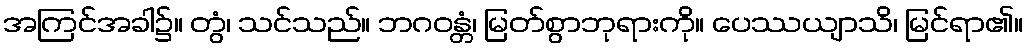
အကြင်အခါ၌။ တွံ၊ သင်သည်။ ဘဂဝန္တံ၊ မြတ်စွာဘုရားကို။ ပေဿယျာသိ၊ မြင်ရာ၏။